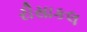
રીસાકલ